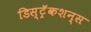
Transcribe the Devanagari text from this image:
डिस्ट्रॅकशन्स